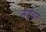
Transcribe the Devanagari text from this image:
संवेधन